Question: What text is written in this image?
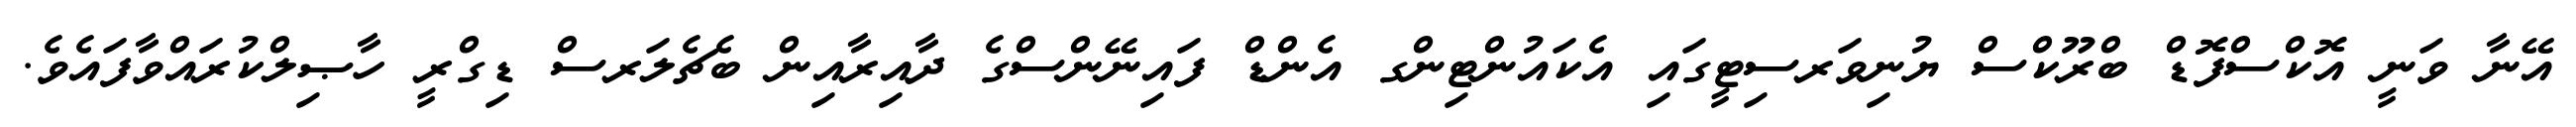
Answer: އޭނާ ވަނީ އޮކްސްފޮޑް ބްރޫކްސް ޔުނިވަރސިޓީގައި އެކައުންޓިންގ އެންޑް ފައިނޭންސްގެ ދާއިރާއިން ބެޗެލަރސް ޑިގްރީ ހާޞިލްކުރައްވާފައެވެ.